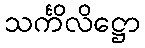
သင်္ကိလိဋ္ဌော